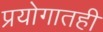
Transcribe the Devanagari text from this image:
प्रयोगातही